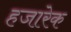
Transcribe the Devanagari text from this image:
हजारेक